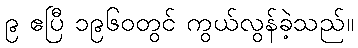
၉ ဧပြီ ၁၉၆၀တွင် ကွယ်လွန်ခဲ့သည်။